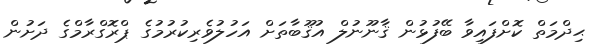
ޙިދްމަތް ކޮށްފައިވާ ބޭފުޅުން ޤާނޫނުލް އުޤޫބާތަށް އަހުލުވެރިކުރުމުގެ ޕްރޮގްރާމްގެ ދަށުން